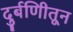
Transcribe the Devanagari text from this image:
दुर्बणिीतून